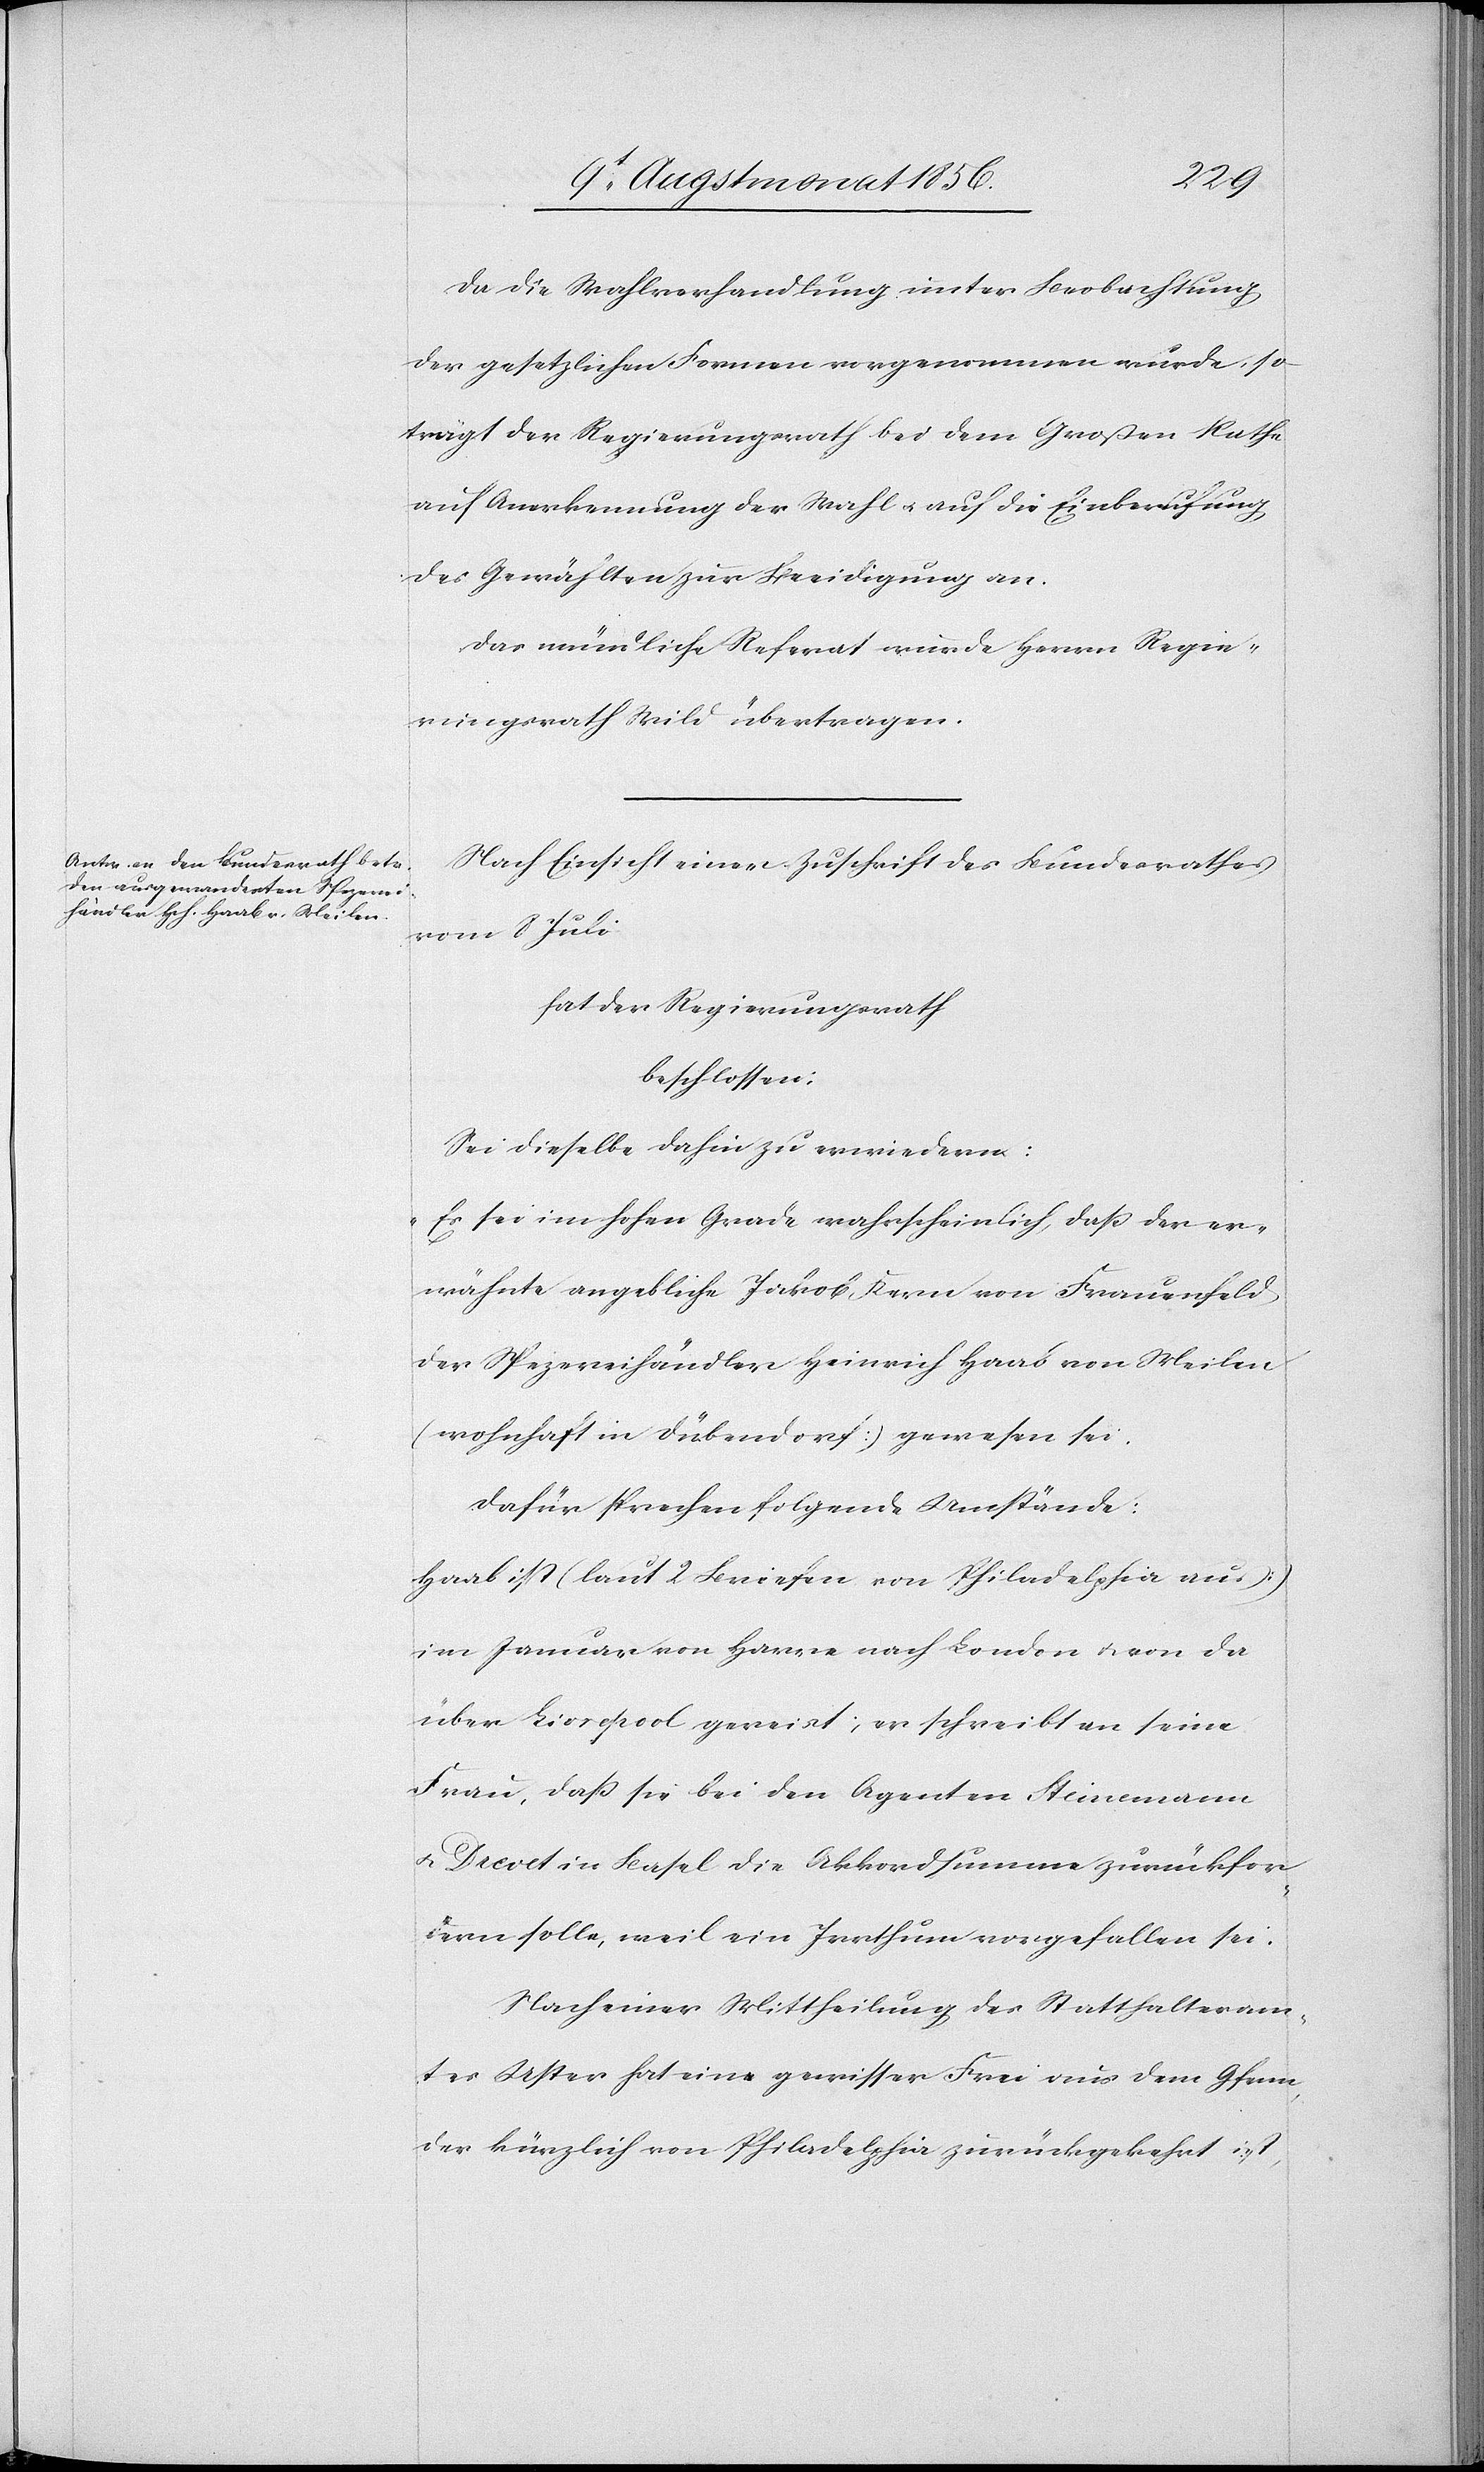
Da die Wahlverhandlung unter Beobachtung
der gesetzlichen Formen vorgenommen wurde, so
trägt der Regierungsrath bei dem Großen Rathe
auf Anerkennung der Wahl u. auf die Einberufung
des Gewählten zur Beeidigung an.
Das mündliche Referat wurde Herrn Regie¬
rungsrath Wild übertragen.
Nach Einsicht einer Zuschrift des Bundesrathes
8 Juli
hat der Regierungsrath
beschlossen:
Sei dieselbe dahin zu erwiedern:
Es sei im hohen Grade wahrscheinlich, dass der er¬
wähnte angebliche Jakob Kern von Frauenfeld
der Spezereihändler Heinrich Haab von Meilen
(wohnhaft in Dübendorf] gewesen sei.
Dafür sprechen folgende Umstände:
Haab ist (laut 2 Briefen von Philadelphia aus]
im Januar von Havre nach London u. von da
über Livrepool [sic!] gereist; er schreibt an seine
Frau, dass sie bei den Agenten Steinemann
u. Drevet in Basel die Akkordsumme zurückfor¬
dern solle, weil ein Irrthum vorgefallen sei.
Nach einer Mittheilung des Statthalteram¬
tes Uster hat ein gewisser Frei aus dem Gfenn,
der kürzlich von Philadelphia zurückgekehrt ist,